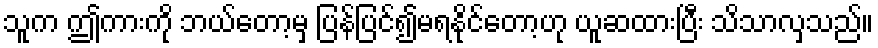
သူက ဤကားကို ဘယ်တော့မှ ပြန်ပြင်၍မရနိုင်တော့ဟု ယူဆထားပြီး သိသာလှသည်။